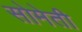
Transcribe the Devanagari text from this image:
सोमेती